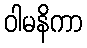
ဝါမနိကာ